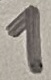
Text: 1